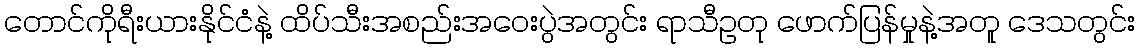
တောင်ကိုရီးယားနိုင်ငံနဲ့ ထိပ်သီးအစည်းအဝေးပွဲအတွင်း ရာသီဥတု ဖောက်ပြန်မှုနဲ့အတူ ဒေသတွင်း